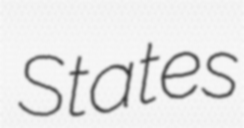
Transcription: States